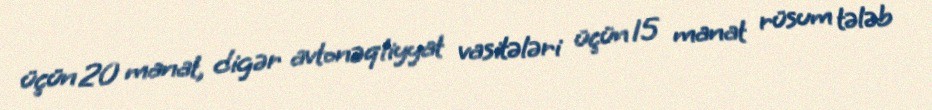
üçün 20 manat, digər avtonəqliyyat vasitələri üçün 15 manat rüsum tələb